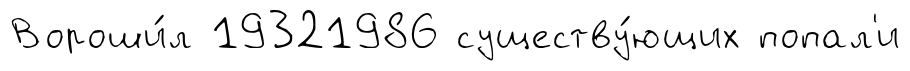
Вороши́л 19321986 существу́ющих попал'и